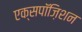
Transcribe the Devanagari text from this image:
एक्सपॉज़िशन